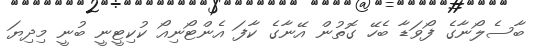
ބާސެލޯނާގެ ފޯވަޑާ ބެހޭ ގޮތުން އޭނާގެ ކާފަ އެންޓޯނިއޯ ކުކިޓީނީ ބުނީ މިދިޔަ